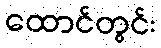
ထောင်တွင်း